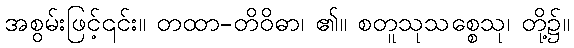
အစွမ်းဖြင့်၎င်း။ တထာ-တိဝိဓာ၊ ၏။ စတူသုသစ္စေသု၊ တို့၌။